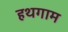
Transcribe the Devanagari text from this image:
हथगाम